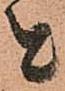
と